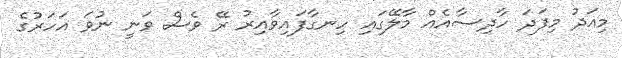
މިއަދު މިފަދަ ހާދިސާއެއް މާލޭގައި ހިނގާފައިވާއިރު ރޭ ވެސް ވަނީ ނުވަ އަހަރުގެ